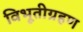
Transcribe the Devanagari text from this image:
विभूतीग्रहण